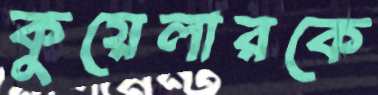
কুয়েলারকে